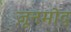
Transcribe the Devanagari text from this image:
ज़ूनमोद